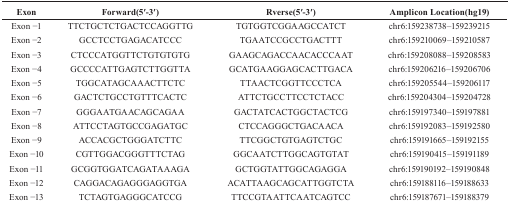
<table><thead><tr><td><b>Exon</b></td><td><b>Forward(5′-3′)</b></td><td><b>Rverse(5′-3′)</b></td><td><b>Amplicon Location(hg19)</b></td></tr></thead><tbody><tr><td>Exon −1</td><td>TTCTGCTCTGACTCCAGGTTG</td><td>TGTGGTCGGAAGCCATCT</td><td>chr6:159238738–159239215</td></tr><tr><td>Exon −2</td><td>GCCTCCTGAGACATCCC</td><td>TGAATCCGCCTGACTTT</td><td>chr6:159210069–159210587</td></tr><tr><td>Exon −3</td><td>CTCCCATGGTTCTGTGTGTG</td><td>GAAGCAGACCAACACCCAAT</td><td>chr6:159208088–159208583</td></tr><tr><td>Exon −4</td><td>GCCCCATTGAGTCTTGGTTA</td><td>GCATGAAGGAGCACTTGACA</td><td>chr6:159206216–159206706</td></tr><tr><td>Exon −5</td><td>TGGCATAGCAAACTTCTC</td><td>TTAACTCGGTTCCCTCA</td><td>chr6:159205544–159206117</td></tr><tr><td>Exon −6</td><td>GACTCTGCCTGTTTCACTC</td><td>ATTCTGCCTTCCTCTACC</td><td>chr6:159204304–159204728</td></tr><tr><td>Exon −7</td><td>GGGAATGAACAGCAGAA</td><td>GACTATCACTGGCTACTCG</td><td>chr6:159197340–159197881</td></tr><tr><td>Exon −8</td><td>ATTCCTAGTGCCGAGATGC</td><td>CTCCAGGGCTGACAACA</td><td>chr6:159192083–159192580</td></tr><tr><td>Exon −9</td><td>ACCACGCTGGGATCTTC</td><td>TTCGGCTGTGAGTCTGC</td><td>chr6:159191665–159192155</td></tr><tr><td>Exon −10</td><td>CGTTGGACGGGTTTCTAG</td><td>GGCAATCTTGGCAGTGTAT</td><td>chr6:159190415–159191189</td></tr><tr><td>Exon −11</td><td>GCGGTGGATCAGATAAAGA</td><td>GCTGGTATTGGCAGAGGA</td><td>chr6:159190192–159190848</td></tr><tr><td>Exon −12</td><td>CAGGACAGAGGGAGGTGA</td><td>ACATTAAGCAGCATTGGTCTA</td><td>chr6:159188116–159188633</td></tr><tr><td>Exon −13</td><td>TCTAGTGAGGGCATCCG</td><td>TTCCGTAATTCAATCAGTCC</td><td>chr6:159187671–159188379</td></tr></tbody></table>